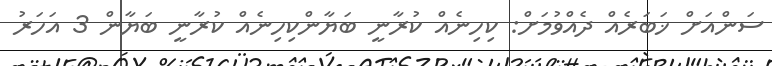
ސަންއަށް ޚަބަރެއް ދެއްވުމަށް: ކިހިނެއް ކުރާނީ ބަޔާންކިހިނެއް ކުރާނީ ބަޔާން 3 އަހަރު